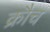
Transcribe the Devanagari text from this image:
क्रौच